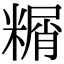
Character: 糏